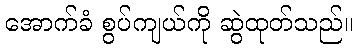
အောက်ခံ စွပ်ကျယ်ကို ဆွဲထုတ်သည်။